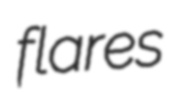
flares